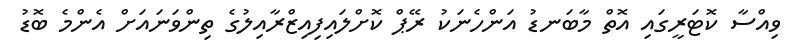
ވިއްސާ ކޮޓަރީގައި އޮތް މާބަނޑު އަންހެނަކު ރޭޕް ކޮށްލައިފިއިޒްރާއިލުގެ ތިންވަނައަށް އެންމެ ބޮޑު